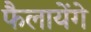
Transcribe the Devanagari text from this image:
फैलायेंगे